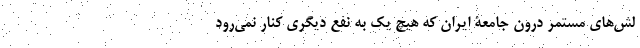
لش‌های مستمر درون جامعۀ ایران که هیچ یک به نفع دیگری کنار نمی‌رود